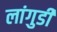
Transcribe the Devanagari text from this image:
लांगुडी